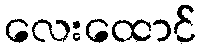
လေးထောင်